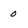
Character: 0